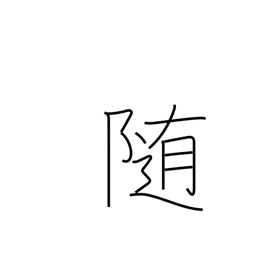
Meaning: submit to